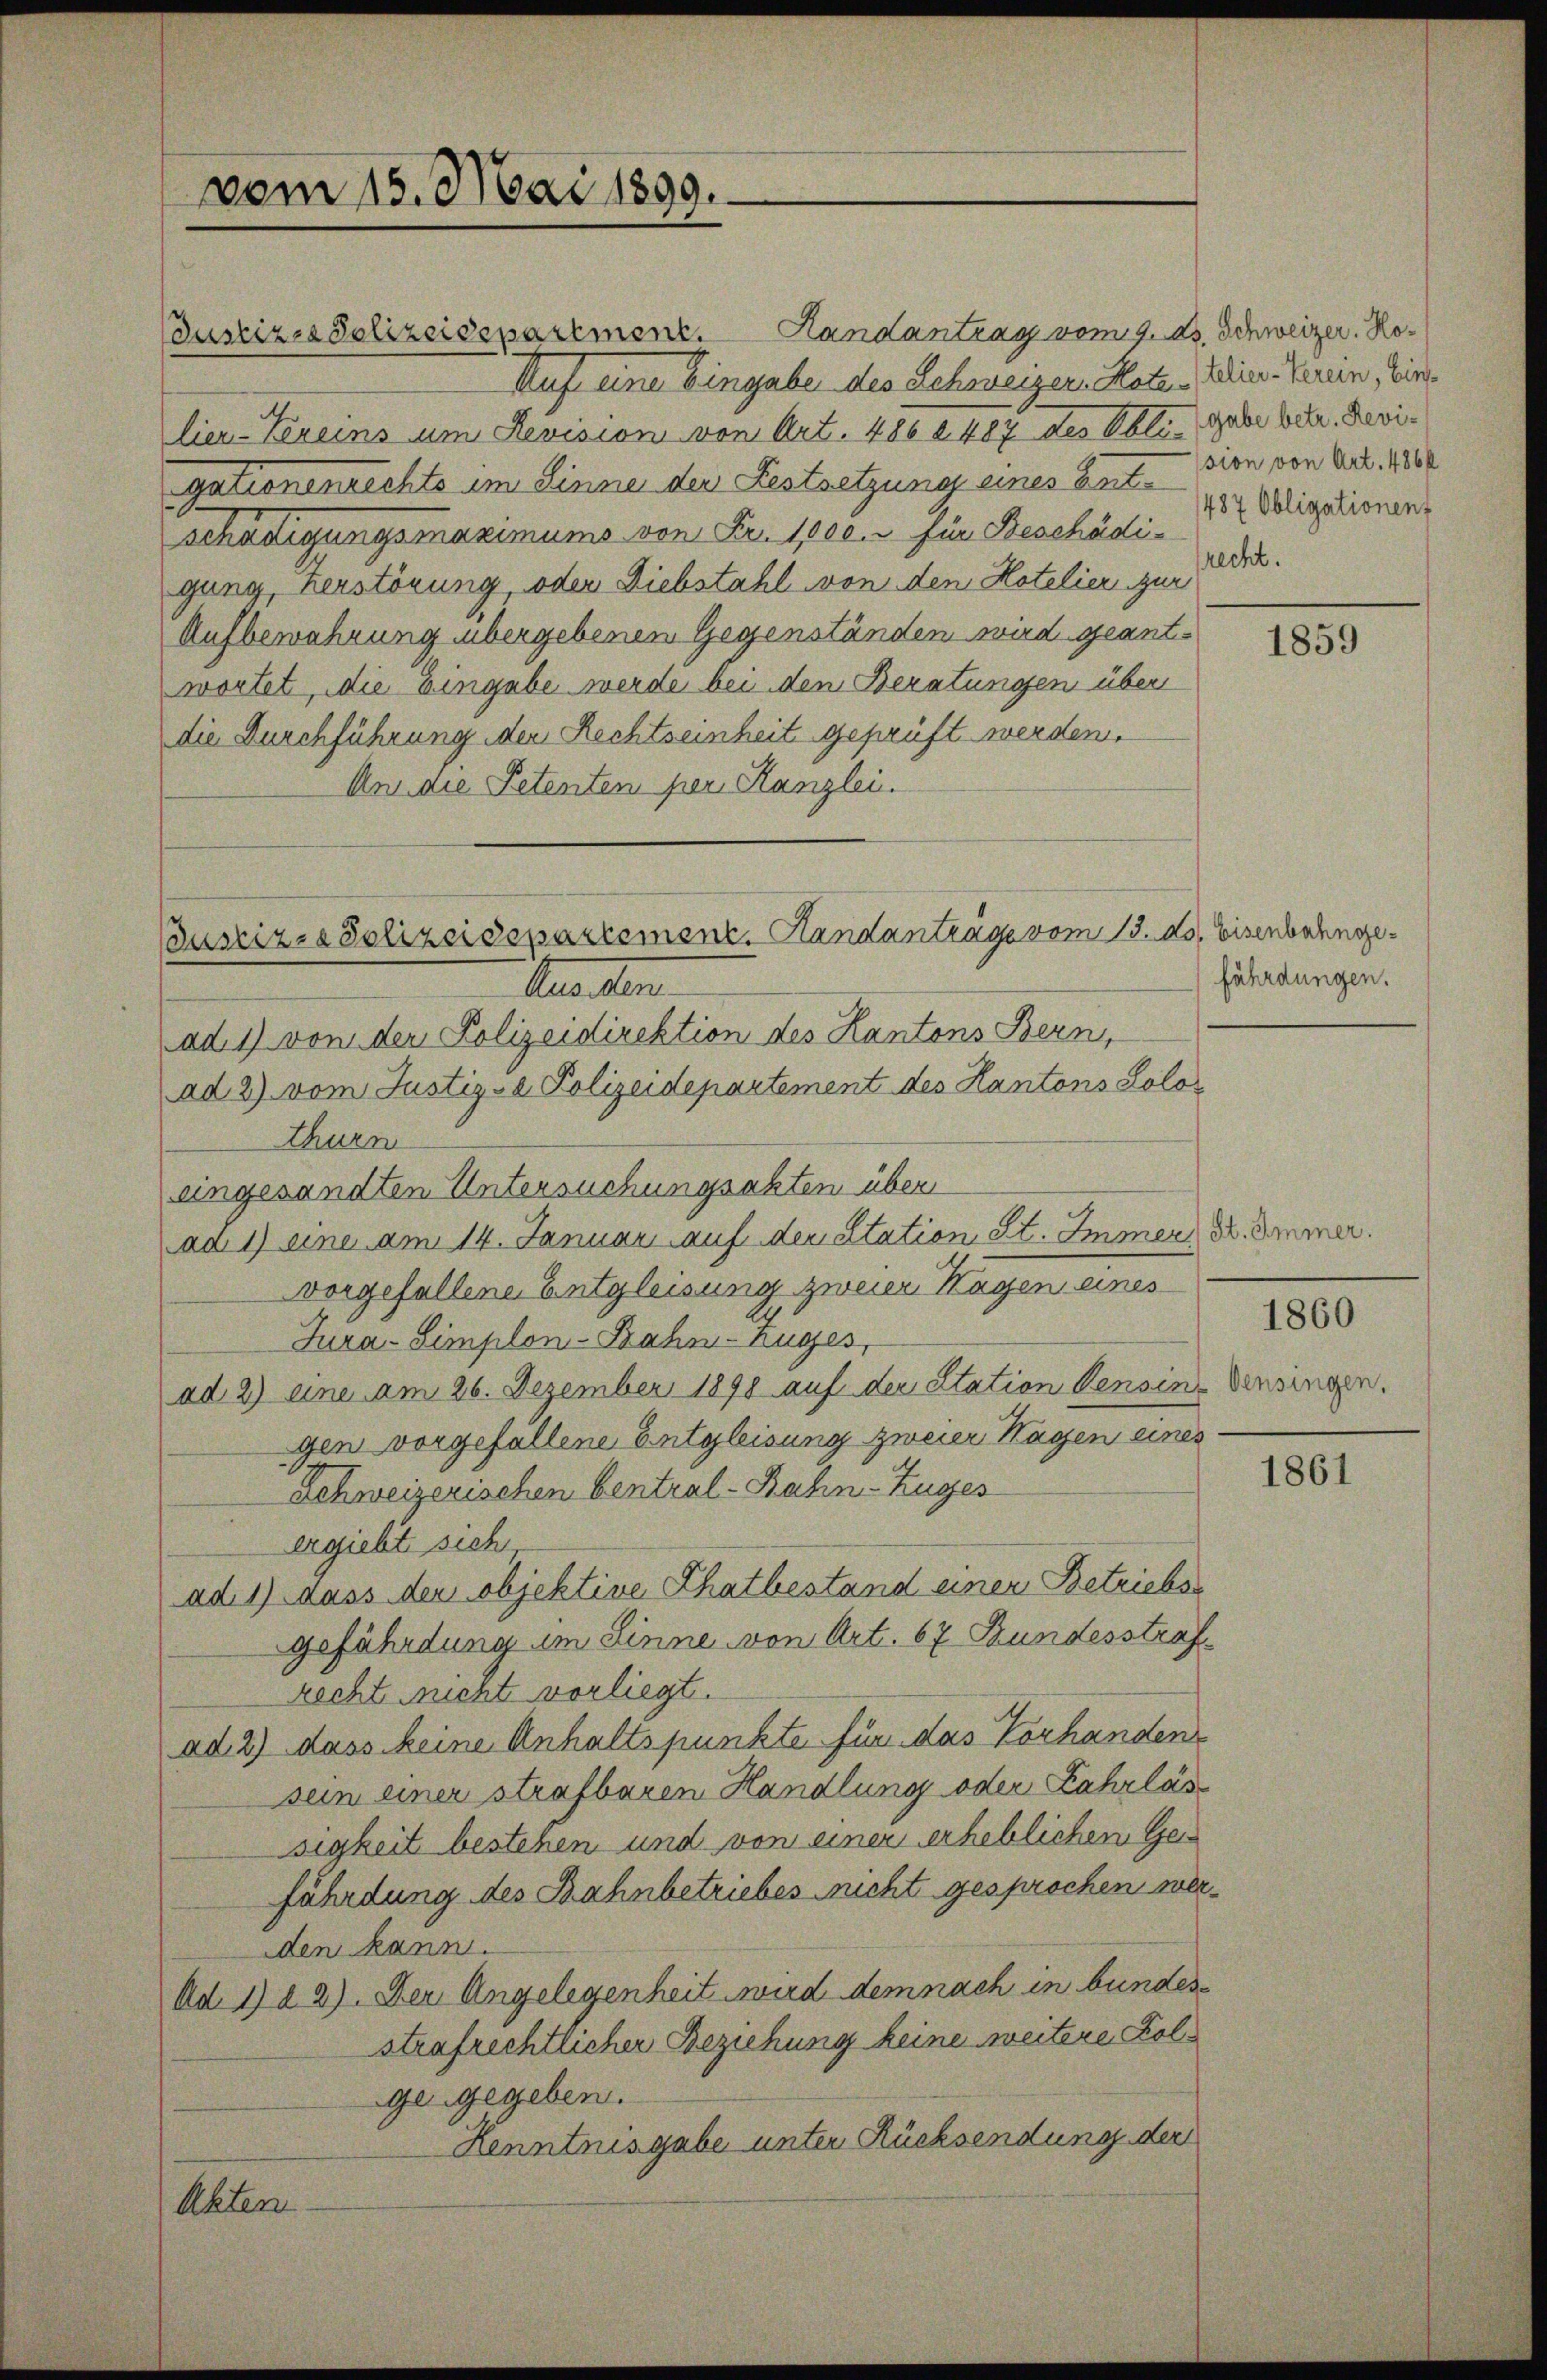
vom 15. Mai 1890.

Justizen Polizeidepartment. Handantrag vom 9. ds. Schweizer. Ho¬
Auf eine Eingabe des Schweizer-Hote
lier-Vereins um Revision von Art. 486 f. 487 des Obligabe betr. Revigationenrechts im Sinne der Festsetzung eines Entschädigungsmaximums von Fr. 1000. u für Beschädigung, herstörung, oder Diebstahl von den Hotelier zur
Aufbewahrung übergebenen Gegenständen wird geantwortet, die Eingabe werde bei dem Beratungen über
die Durchführung der Rechtseinheit geprüft werden.
An die Petenten per Kanzlei.

Busriz-Polizeidepartement. Handanträge vom 13. ds. Eisenbahnge¬

Anasten
ad 1) von der Polizeidirektion des Kantons Bern,
ad 2) vom Justiz- & Polizeidepartement des Hantons Solothurn
eingesandten Untersuchungsakten über
ad 1) eine am 14. Januar auf derstation St. Immer Dr. Immer.
vorgefallene Entgleisung zweier Hagen eines
Jura-Simplon-Bahn-Ruges,
ad 2) eine am 26. Dezember 1898 auf der Station densin-Pensingen.
gen vorgefallene Entgleisung zweier Hagen eines
Schweizerischen Central-Bahn-Zuges
ergiebt sich
ad. 1) dass der objektive Thatbestand einer Betriebs
gefährdung im Zinne von Art. 67 Bundesstrafrecht nicht vorliegt.
ad 2) dass Meine Anhaltspunkte für das Vorhanden
sein einer strafbaren Handlung oder Fahrläss
sigkeit bestehen und von einer erheblichen Ger
fährdung des Bahnbetriebes nicht gesprochen werden kann.
Ad 1) § 2). Der Angelegenheit wird dem nach in bundesstrafrechtlicher Beziehung keine weitere Folge gegeben.
Henntnis gabe unter Rücksendung der
Akten

telier-Verein, Eins
sion von Art. 486 f
487 Obligationenz
recht.

1859

fährdungen.

1860

1861